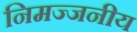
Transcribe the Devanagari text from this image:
निमज्जनीय